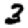
Digit: 3